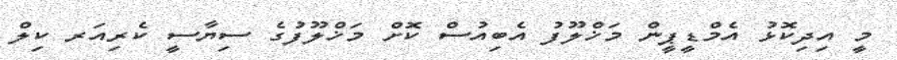
މީ އިދިކޮޅު އެމްޑީޕީން މަޚްލޫފު އެބިއުސް ކޮށް މަޚްލޫފުގެ ސިޔާސީ ކެރިއަރ ކިލް